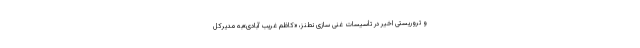
و تروریستی اخیر در تأسیسات غنی سازی نطنز، «کاظم غریب آبادی»به مدیرکل